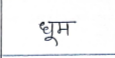
मजकूर: धूम